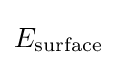
E_{\text{surface}}